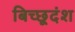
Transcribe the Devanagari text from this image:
बिच्छूदंश